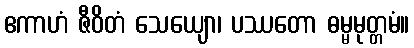
ဧကာဟံ ဇီဝိတံ သေယျော၊ ပဿတော ဓမ္မမုတ္တမံ။